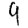
Digit: 9